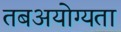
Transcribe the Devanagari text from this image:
तबअयोग्यता